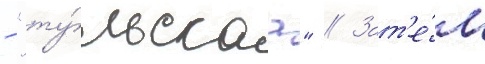
- "ту́льскаа" // Зат'е́м